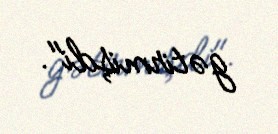
gətirmişdi".